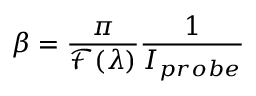
\beta = \frac { \pi } { \mathcal { F ( \lambda ) } } \frac { 1 } { I _ { p r o b e } }